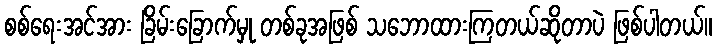
စစ်ရေးအင်အား ခြိမ်းခြောက်မှု တစ်ခုအဖြစ် သဘောထားကြတယ်ဆိုတာပဲ ဖြစ်ပါတယ်။